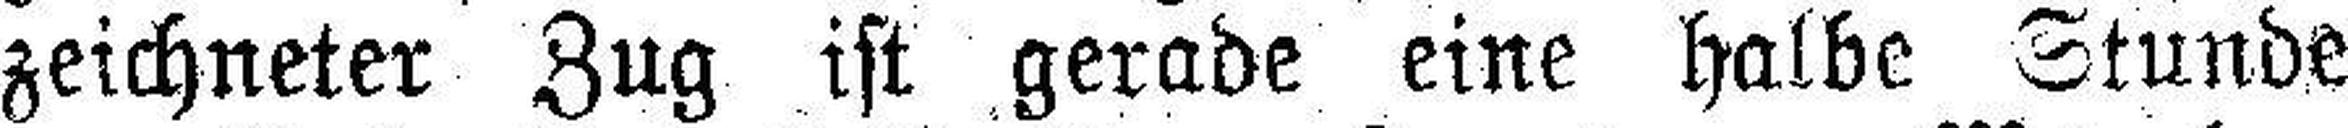
zeichneter Zug ist gerade eine halbe Stunde